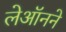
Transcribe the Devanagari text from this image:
लेऑनने